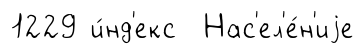
1229 и́нд'екс Нас'ел'е́н'иjе